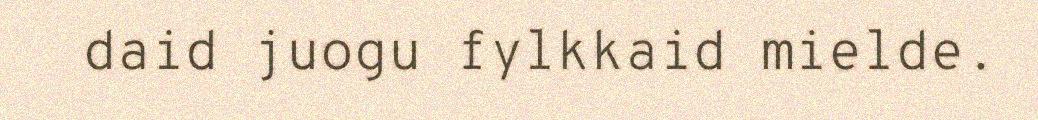
daid juogu fylkkaid mielde.